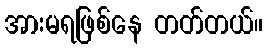
အားမရဖြစ်နေ တတ်တယ်။